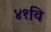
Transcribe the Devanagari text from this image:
४१वि